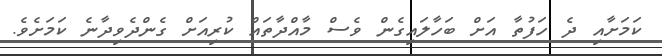
ކަމަށާއި ދެ ހަފުތާ އަށް ބަހާލައިގެން ވެސް މާއްދާތައް ކުރިއަށް ގެންދެވިދާނެ ކަމަށެވެ.